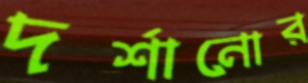
দর্শানোর